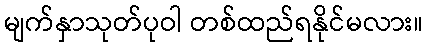
မျက်နှာသုတ်ပုဝါ တစ်ထည်ရနိုင်မလား။